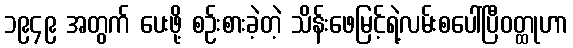
၁၉၄၉ အတွက် ပေးဖို့ စဉ်းစားခဲ့တဲ့ သိန်းဖေမြင့်ရဲ့လမ်းစပေါ်ပြီဝတ္ထုဟာ